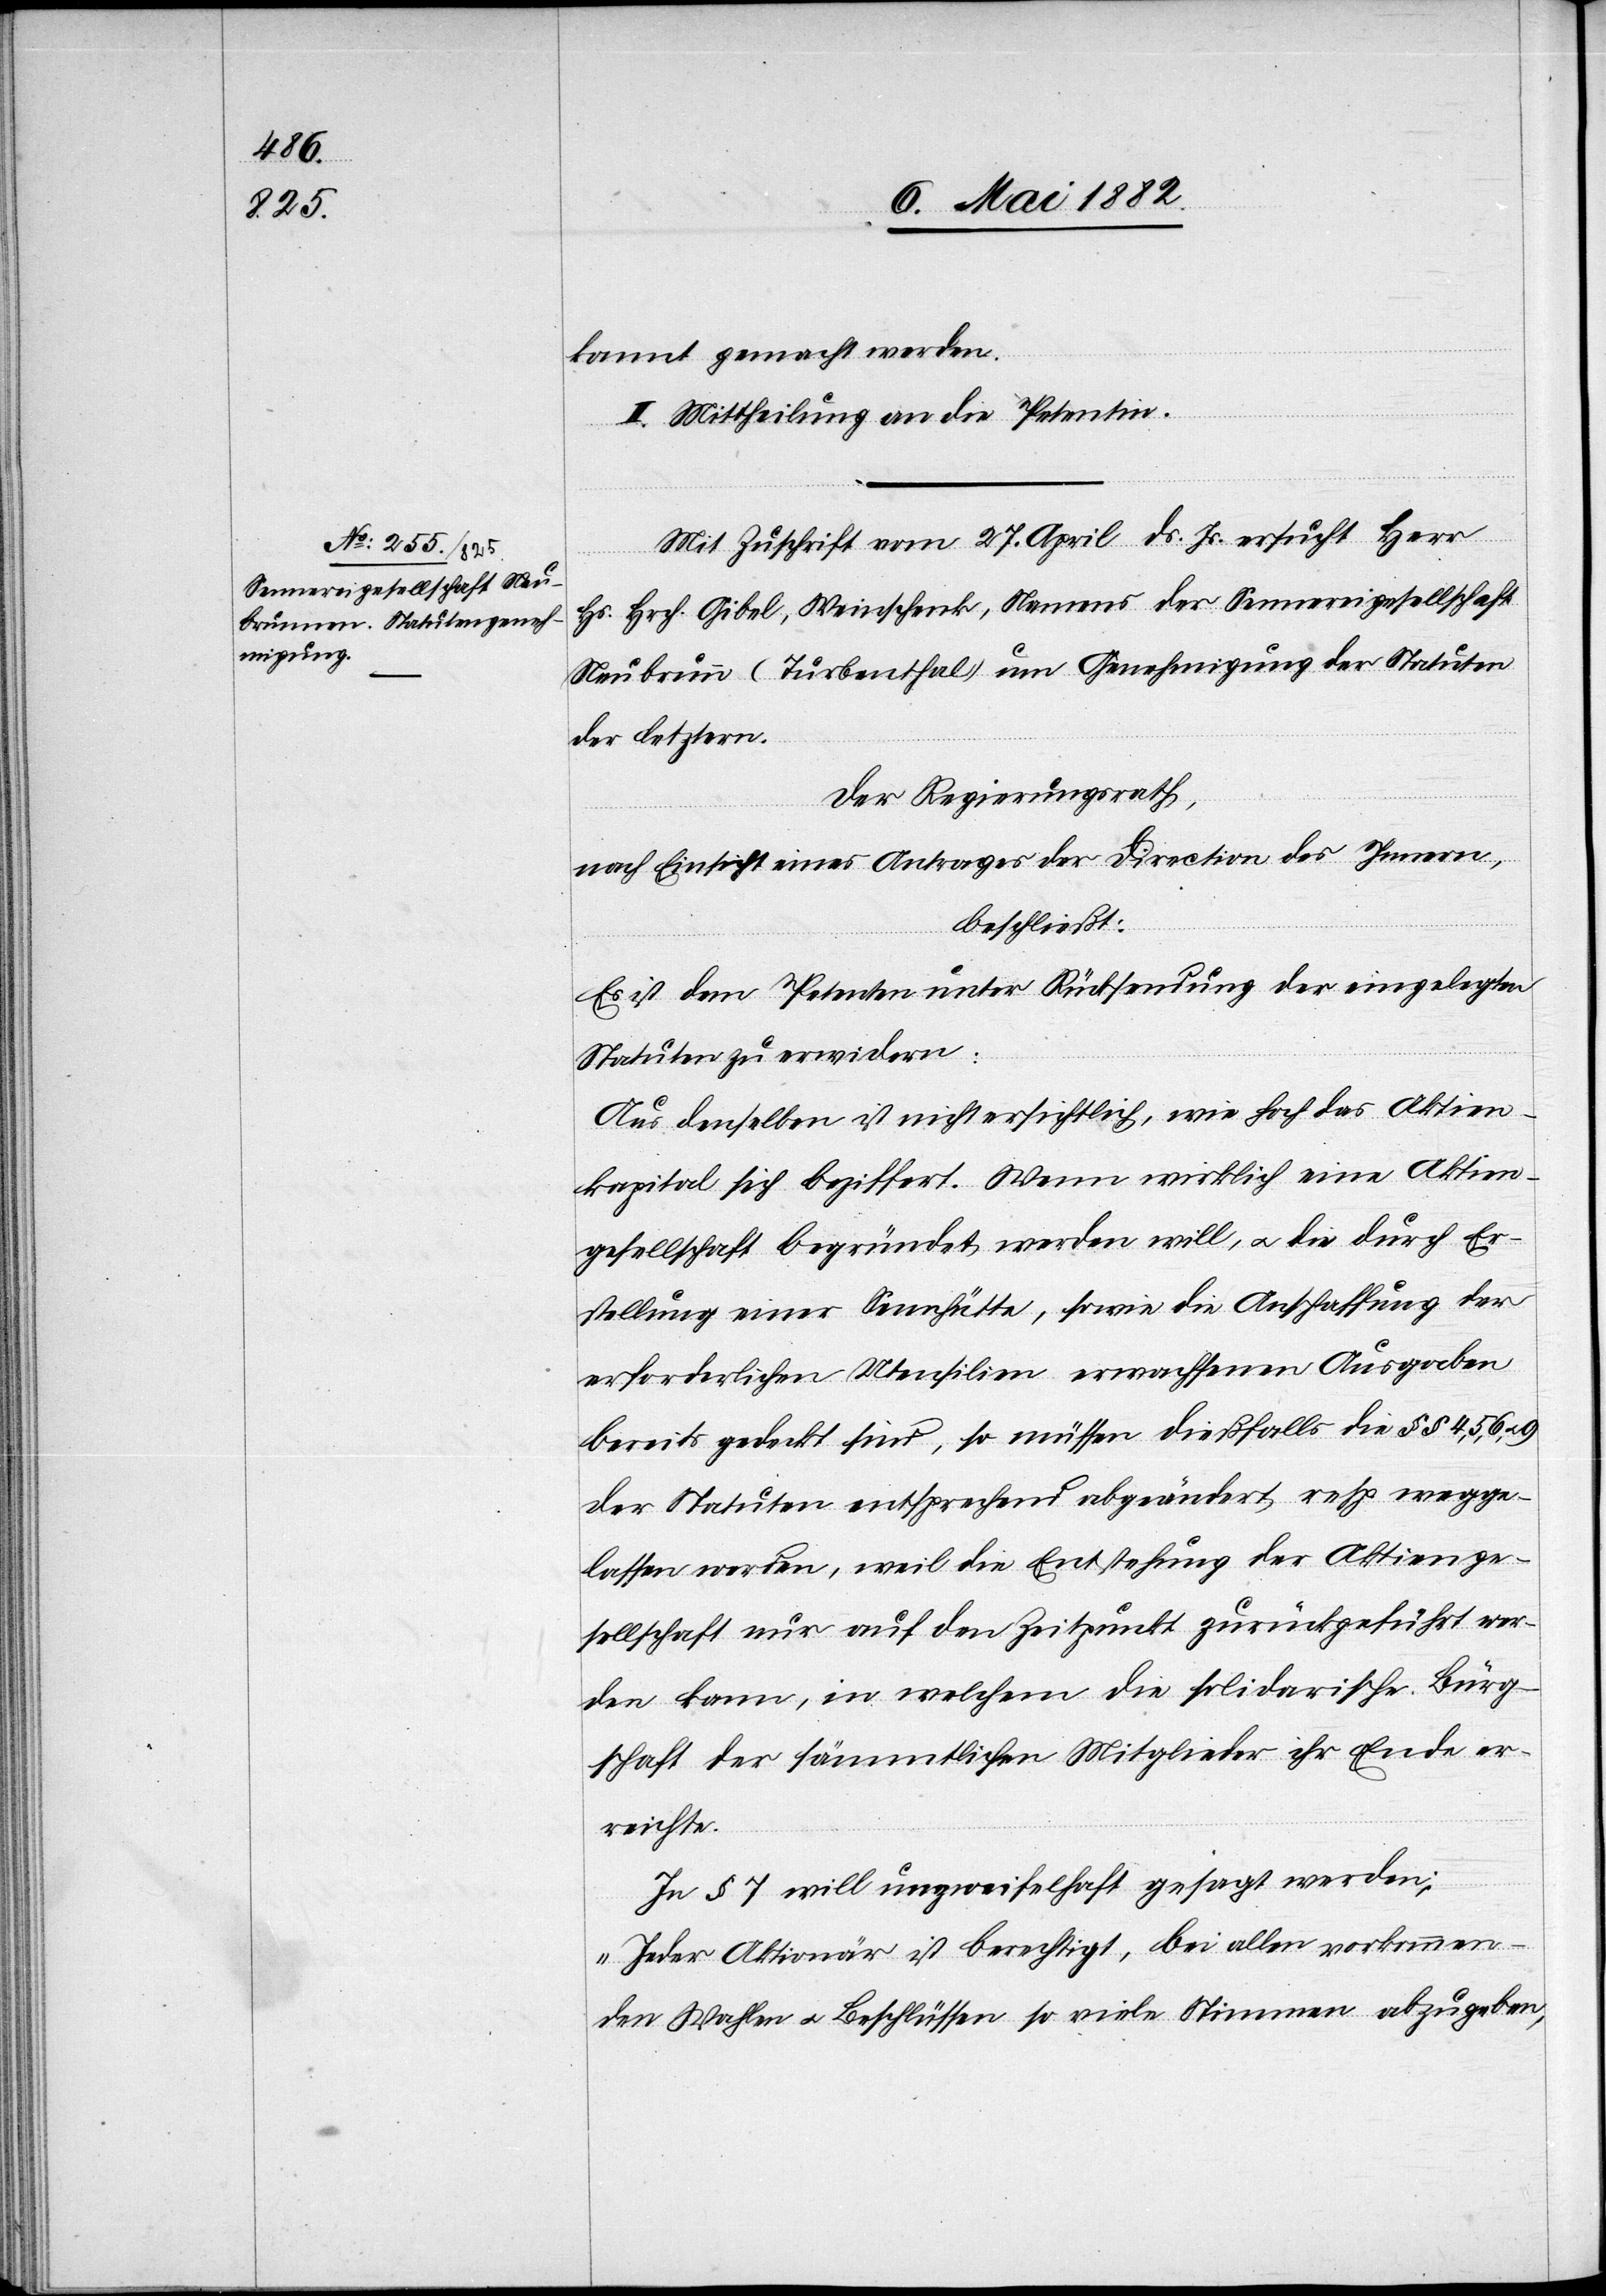
kannt gemacht werden.
II. Mittheilung an die Petentin.
Mit Zuschrift vom 27. April d. Js. ersucht Herr
Hs. Hrch. Gibel, Weinschenk, Namens der Sennereigesellschaft
Neubrunn [sic!] (Turbenthal) um Genehmigung der Statuten
der letztern.
Der Regierungsrath,
nach Einsicht eines Antrages der Direction des Innern,
beschließt:
Es ist dem Petenten unter Rücksendung der eingelegten
Statuten zu erwidern:
Aus denselben ist nicht ersichtlich, wie hoch das Aktien¬
kapital sich beziffert. Wenn wirklich eine Aktien¬
gesellschaft begründet werden will, u. die durch Er¬
stellung einer Sennhütte, sowie die Anschaffung der
erforderlichen Utensilien erwachsenen Ausgaben
bereits gedeckt sind, so müssen dießfalls die §§ 4, 5, 6 u.
der Statuten entsprechend abgeändert, resp. wegge¬
lassen werden, weil die Entstehung der Aktienge¬
sellschaft nur auf den Zeitpunkt zurückgeführt wer¬
den kann, in welchem die solidarische Bürg¬
schaft der sämmtlichen Mitglieder ihr Ende er¬
reichte.
In § 7 will unzweifelhaft gesagt werden:
„Jeder Aktionär ist berechtigt, bei allen vorkommen¬
den Wahlen u. Beschlüssen so viele Stimmen abzugeben,